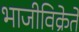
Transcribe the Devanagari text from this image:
भाजीविक्रेते